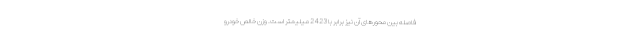
فاصله بین محورهای آن نیز برابر با 2423 میلیمتر است. وزن خالص خودرو